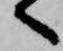
へ